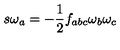
s \omega _ { a } = - \frac { 1 } { 2 } f _ { a b c } \omega _ { b } \omega _ { c }